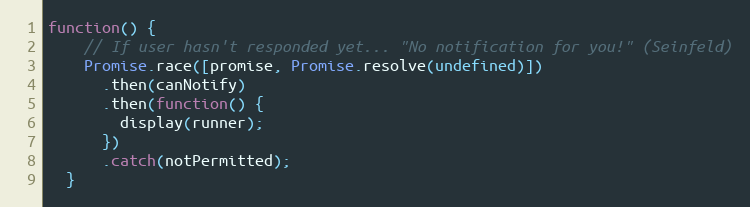
Language: JavaScript
function() {
    // If user hasn't responded yet... "No notification for you!" (Seinfeld)
    Promise.race([promise, Promise.resolve(undefined)])
      .then(canNotify)
      .then(function() {
        display(runner);
      })
      .catch(notPermitted);
  }